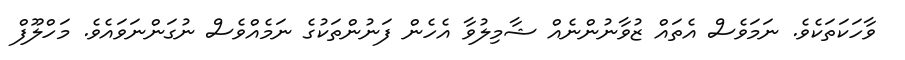
ވާހަކަތަކެވެ. ނަމަވެސް އެތައް ޒުވާނުންނެއް ޝާމިލުވާ އެހެން ފަނުންތަކުގެ ނަމެއްވެސް ނުގަންނަވައެވެ. މަހްލޫފް